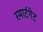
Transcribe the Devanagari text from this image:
स्मार्टगेट